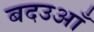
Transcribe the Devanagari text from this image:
बदउआँ